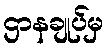
ဌာနချုပ်မှ